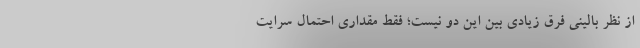
از نظر بالینی فرق زیادی بین این دو نیست؛ فقط مقداری احتمال سرایت